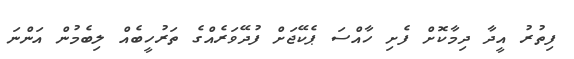
ފިތުރު އީދާ ދިމާކޮށް ފެށި ހާއްސަ ޕެކޭޖަށް ފުދޭވަރެއްގެ ތަރުހީބެއް ލިބެމުން އަންނަ